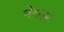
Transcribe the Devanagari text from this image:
मेटजर